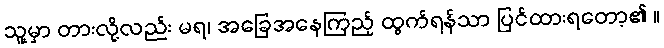
သူ့မှာ တားလို့လည်း မရ၊ အခြေအနေကြည့် ထွက်ရန်သာ ပြင်ထားရတော့၏ ။